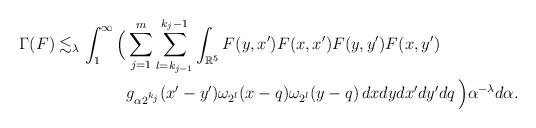
LaTeX: \begin{align*} \Gamma(F) \lesssim_\lambda \int_1^\infty \Big( & \sum_{j=1}^m \sum_{l=k_{j-1}}^{k_j-1} \int_{\mathbb{R}^5} F(y,x') F(x,x')F(y,y')F(x,y') \\& g_{\alpha2^{k_j}}(x'-y') \omega_{2^l}(x-q) \omega_{2^l}(y-q) \,dx dy dx' dy' dq \, \Big) \alpha^{-\lambda} d\alpha.\end{align*}